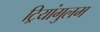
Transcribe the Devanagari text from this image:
ट्रियांगुलम